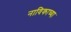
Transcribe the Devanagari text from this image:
नाविकाच्या